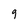
Character: 9